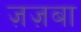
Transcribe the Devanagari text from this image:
ज़ज़बा